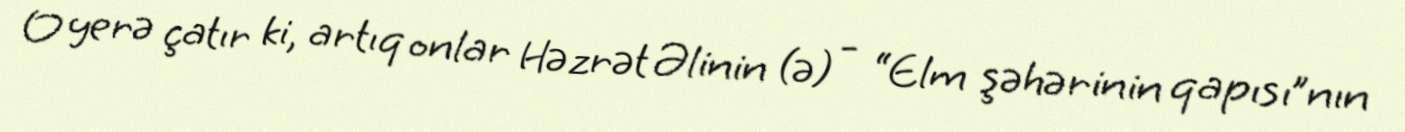
O yerə çatır ki, artıq onlar Həzrət Əlinin (ə) - “Elm şəhərinin qapısı”nın